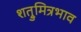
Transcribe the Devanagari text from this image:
शत्रुमित्रभाव